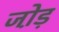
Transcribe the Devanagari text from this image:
जो़ड़